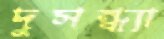
দুসন্ধ্যা